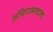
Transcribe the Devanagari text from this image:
अधिराज्यत्वाला